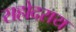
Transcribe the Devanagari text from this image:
सहोदराय